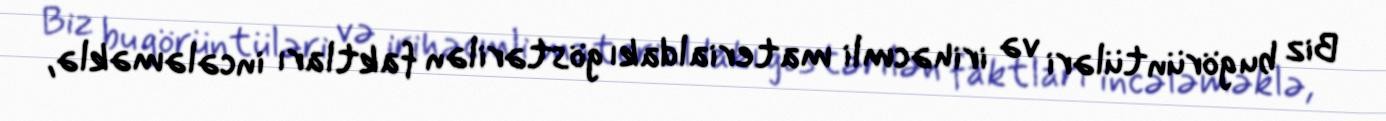
Biz bu görüntüləri və irihəcmli materialdakı göstərilən faktları incələməklə,